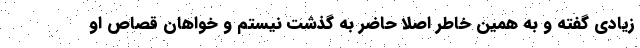
زیادی گفته و به همین خاطر اصلاً حاضر به گذشت نیستم و خواهان قصاص او